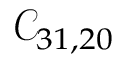
\mathcal { C } _ { 3 1 , 2 0 }